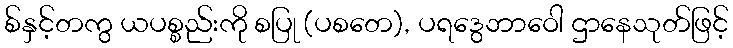
စ်နှင့်တကွ ယပစ္စည်းကို စပြု (ပစတေ), ပရဒွေဘာဝေါ ဌာနေသုတ်ဖြင့်